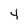
Character: 4